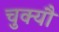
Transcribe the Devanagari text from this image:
चुक्यौ